Document type: Emphyteutic lease
Year: 1276
Scribe: Pere de Roca
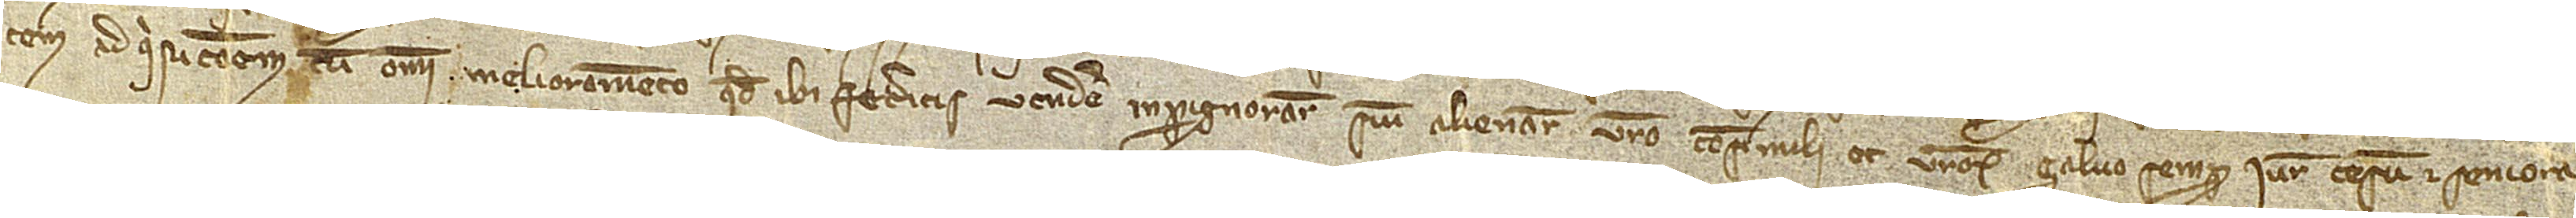
tem adquisicionem cum omni melioramento quod ibi feceritis vendere, inpignorare sive alienare vestro consimili et vestrorum, salvo semper iure, censu et seniora-